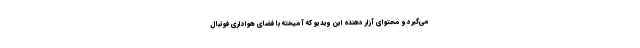
می‌گیرد و محتوای آزار دهنده این ویدیو که آمیخته با فضای هواداری فوتبال